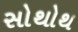
સોથોથ